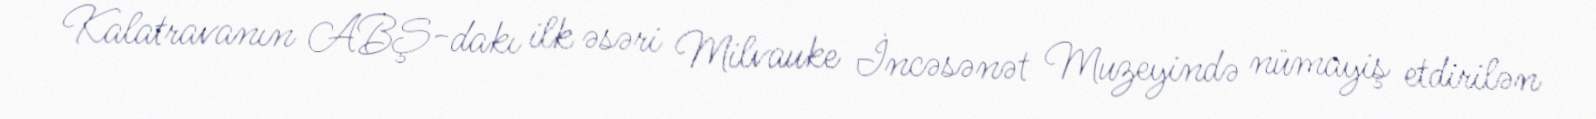
Kalatravanın ABŞ-dakı ilk əsəri Milvauke İncəsənət Muzeyində nümayiş etdirilən